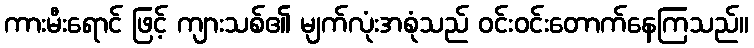
ကားမီးရောင် ဖြင့် ကျားသစ်၏ မျက်လုံးအစုံသည် ဝင်းဝင်းတောက်နေကြသည်။